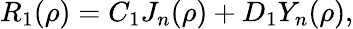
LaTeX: R_{1}(\rho)=C_{1}J_{n}(\rho)+D_{1}Y_{n}(\rho),